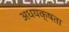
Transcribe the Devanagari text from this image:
अधयक्षता